Lunatic asylums Punjab 1895-1910 - 1895-1910
Year: 1895
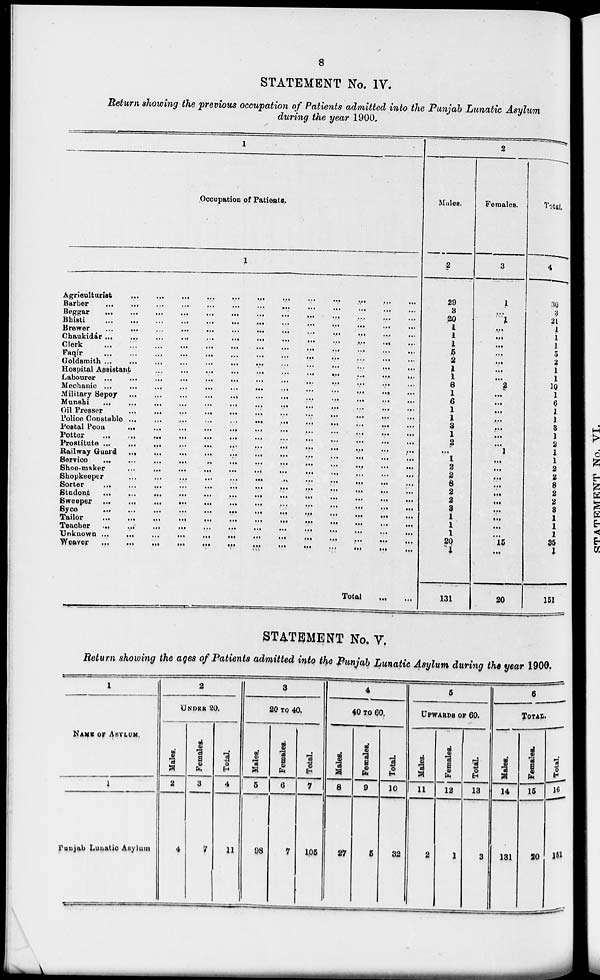
8
STATEMENT No. IV.
Return showing the previous occupation of Patients admitted into the Punjab Lunatic Asylum
during the year 1900.
1
Occupation of Patients.
1
Agriculturist
...
...
...
...
...
...
...
...
...
...
...
...
Barber
...
...
....
...
...
...
...
...
...
...
...
...
Beggar
...
...
...
...
...
...
...
...
...
...
...
...
...
Bhisti
...
...
...
...
...
...
...
...
...
...
...
...
...
Brewer
...
...
...
...
...
...
...
...
...
...
...
...
...
Chaukidár ...
...
...
...
...
...
...
...
...
...
...
...
Clerk
...
...
...
...
...
...
...
...
...
....
...
...
...
Faqír
...
...
...
...
...
...
...
...
...
...
...
...
...
Goldsmith
...
...
...
...
...
...
...
...
...
...
...
Hospital Assistant
...
...
...
...
...
...
...
...
...
...
...
Labourer ...
...
...
...
...
...
...
...
...
...
...
...
Mechanic ...
...
...
...
...
...
...
...
...
...
...
...
...
Military Sepoy ...
...
...
...
....
...
...
...
...
...
...
...
Munshi
...
...
...
...
...
...
...
...
...
...
...
...
...
Oil Presser
...
...
...
...
...
...
...
...
...
...
...
...
Police Counstable ...
...
...
...
...
...
...
...
...
...
...
...
Postal
Poon
...
...
...
...
...
...
...
...
...
...
...
...
Potter
...
...
....
...
...
....
...
....
....
...
...
...
...
Prostitute ...
....
...
...
....
....
....
...
...
...
...
...
...
Railway Guard ...
...
...
...
...
...
...
...
...
...
...
...
Service
...
...
...
...
...
...
...
...
...
...
...
...
...
Shoe-maker
...
...
...
...
....
...
...
...
...
...
...
...
Shopkeeper
...
...
...
...
...
...
...
...
...
...
...
Sorter
...
...
...
...
....
...
...
...
...
...
...
...
...
Studont
...
...
...
...
...
....
...
...
...
...
...
...
...
Sweeper ...
...
...
...
...
...
...
...
...
...
...
...
...
Syce
...
...
...
...
...
...
...
...
...
....
...
...
...
Tailor
...
...
...
...
...
...
...
...
....
...
...
...
...
Teacher
...
...
...
...
...
...
...
...
...
....
...
...
...
Unknown ...
...
...
...
...
...
...
...
...
...
...
...
...
Weaver
...
...
...
...
...
...
...
...
...
...
...
...
...
Total
...
...
2
Males.
2
29
3
20
1
1
1
5
2
1
1
8
1
6
1
1
3
1
2
...
1
2
2
8
2
2
3
1
1
1
20
1
131
Females.
3
1
...
1
...
...
...
...
...
...
...
2
...
...
...
...
...
...
...
1
...
...
...
...
...
...
...
...
...
...
15
...
20
Total.
4
30
3
21
1
1
1
5
2
1
1
10
1
6
1
1
3
1
2
1
1
2
2
8
2
2
3
1
1
1
35
1
151
STATEMENT No. V.
Return showing the ages of Patients admitted into the Punjab Lunatic Asylum during the year 1900.
1
NAME OF ASYLUM.
1
Punjab Lunatic Asylum
2
UNDER 20.
Males.
2
4
Females.
3
7
Total.
4
11
3
20 TO 40.
Males.
5
98
Females.
6
7
Total.
7
105
4
40 TO 60.
Males.
8
27
Females.
9
5
Total
10
32
5
UPWARDS OF 60.
Males.
11
2
Females.
12
1
Total.
13
3
6
TOTAL.
Males.
14
131
Females.
15
20
Total.
16
151